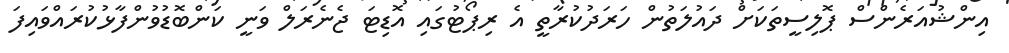
އިންޝުއަރެންސް ޕޮލިސީތަކަށް ދައުލަތުން ހަރަދުކުރާތީ އެ ރިޕޯޓުގައި އޮޑިޓަ ޖެނެރަލް ވަނީ ކަންބޮޑުވުންފާޅުކުރައްވައިފަ